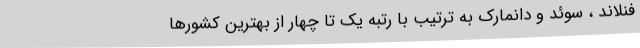
فنلاند ، سوئد و دانمارک به ترتیب با رتبه یک تا چهار از بهترین کشورها